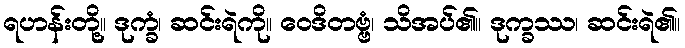
ရဟန်းတို့။ ဒုက္ခံ၊ ဆင်းရဲကို။ ဝေဒိတဗ္ဗံ၊ သိအပ်၏။ ဒုက္ခဿ၊ ဆင်းရဲ၏။